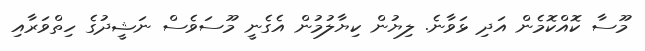
މޫސާ ކޮއްކޮމެން އަދި ޅަވާނެ. ލިޔުން ކިޔާލުމުން އެގެނީ މޫސަވެސް ނަޝީދުގެ ހިތްވަރާއި